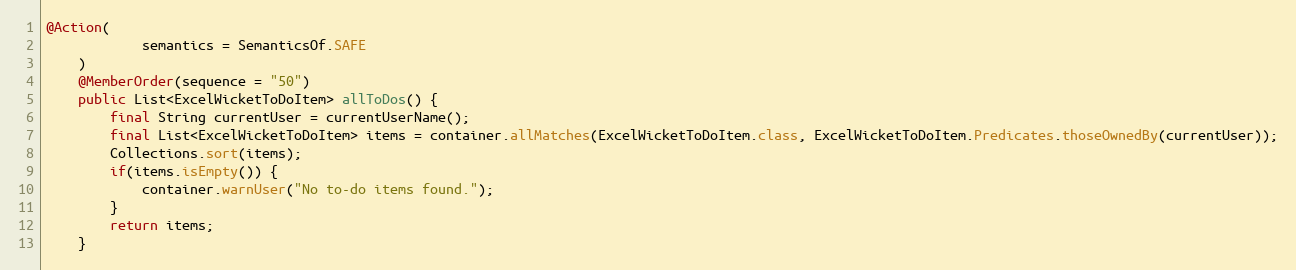
Language: Java
@Action(
            semantics = SemanticsOf.SAFE
    )
    @MemberOrder(sequence = "50")
    public List<ExcelWicketToDoItem> allToDos() {
        final String currentUser = currentUserName();
        final List<ExcelWicketToDoItem> items = container.allMatches(ExcelWicketToDoItem.class, ExcelWicketToDoItem.Predicates.thoseOwnedBy(currentUser));
        Collections.sort(items);
        if(items.isEmpty()) {
            container.warnUser("No to-do items found.");
        }
        return items;
    }